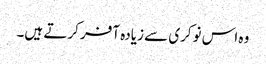
وہ اس نوکری سے زیادہ آفر کرتے ہیں۔